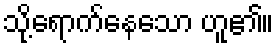
သို့ရောက်နေသော ဟူ၏။